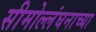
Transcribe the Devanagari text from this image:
सीमोल्लंघनाच्या